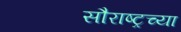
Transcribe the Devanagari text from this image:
सौराष्ट्रच्या